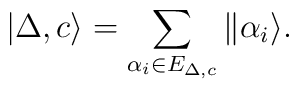
|\Delta,c\rangle = \sum_{\alpha_i\in E_{\Delta,c}}\|\alpha_i\rangle.